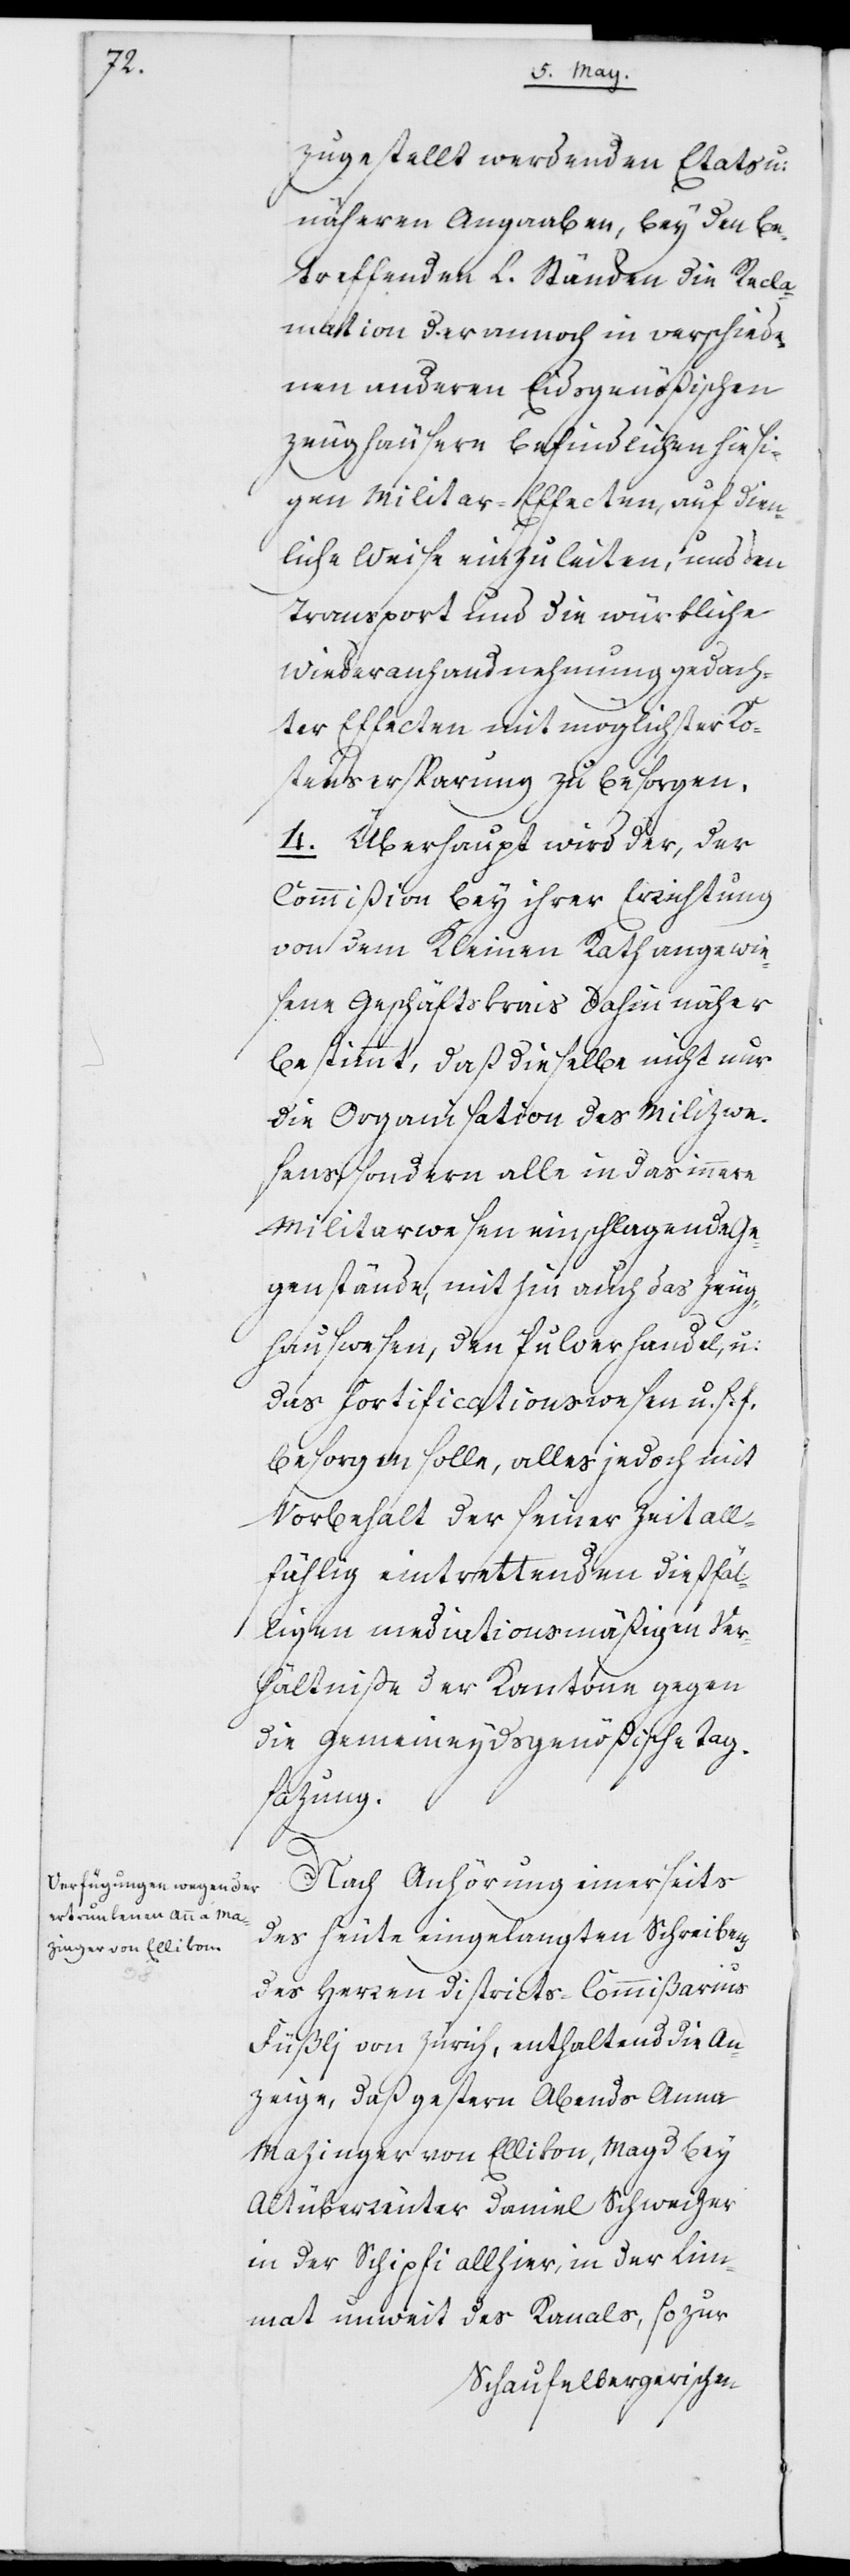
zugestellt werdenden Etats u:
näheren Angaaben, bey den be¬
treffenden L. Ständen die Recla¬
mation der annoch in verschiede¬
nen anderen Eidsgenößischen
Zeughäusern befindlichen hiesi¬
gen Militar-Effecten, auf dien¬
liche Weise einzuleiten, und den
Transport und die würkliche
Wiederanhandnehmung gedach¬
ter Effecten mit möglichster Kos¬
tensersparung zu besorgen.
4. Überhaupt wird der, der
Commißion bey ihrer Errichtung
von dem Kleinen Rath angewie¬
sene Geschäftskrais dahin näher
bestimmt, daß dieselbe nicht nur
die Organisation des Milizwe¬
sens, sondern alle in das innere
Militarwesen einschlagende Ge¬
genstände, mithin auch das Zeug¬
hauswesen, den Pulverhandel, u:
das Fortificationswesen u. s. f.
besorgen solle, alles jedoch mit
Vorbehalt der seiner Zeit all¬
fählig eintrettenden dießfäl¬
ligen mediationsmäßigen Ver¬
hältniße der Kantone gegen
die Gemeineydsgenößische Tag¬
sazung.
Nach Anhörung einerseits
des heute eingelangten Schreibens
des Herren Districts-Commißarius
Füßlj von Zürich, enthaltend die An¬
zeige, daß gestern Abends Anna
Mazinger von Ellikon, Magd bey
Altüberreuter Daniel Schweizer
in der Schipfi allhier, in der Lim¬
mat unweit des Kanals, so zur